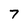
Character: 7